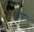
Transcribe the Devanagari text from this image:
ब्रीडा